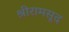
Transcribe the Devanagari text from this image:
श्रीरामसूद